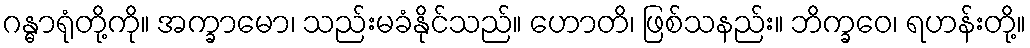
ဂန္ဓာရုံတို့ကို။ အက္ခာမော၊ သည်းမခံနိုင်သည်။ ဟောတိ၊ ဖြစ်သနည်း။ ဘိက္ခဝေ၊ ရဟန်းတို့။